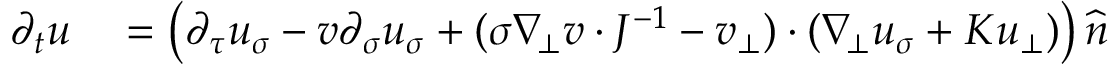
\begin{array} { r l } { \partial _ { t } u } & { { } = \left( \partial _ { \tau } u _ { \sigma } - v \partial _ { \sigma } u _ { \sigma } + ( \sigma \nabla _ { \! \bot } v \cdot J ^ { - 1 } - v _ { \bot } ) \cdot ( \nabla _ { \! \bot } u _ { \sigma } + K u _ { \bot } ) \right) \widehat { n } } \end{array}